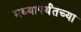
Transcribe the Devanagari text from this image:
मध्यापर्यंतच्या